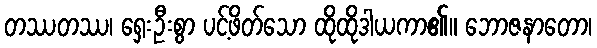
တဿတဿ၊ ရှေးဦးစွာ ပင့်ဖိတ်သော ထိုထိုဒါယကာ၏။ ဘောဇနာတော၊